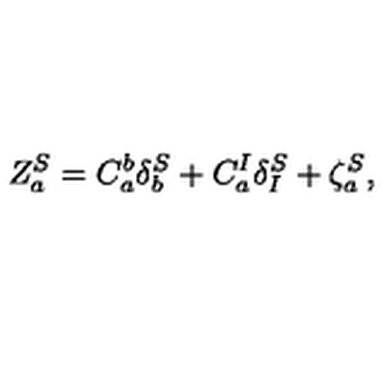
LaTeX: Z _ { a } ^ { S } = C _ { a } ^ { b } \delta _ { b } ^ { S } + C _ { a } ^ { I } \delta _ { I } ^ { S } + \zeta _ { a } ^ { S } ,